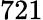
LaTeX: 721